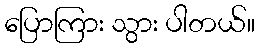
ပြောကြား သွား ပါတယ်။